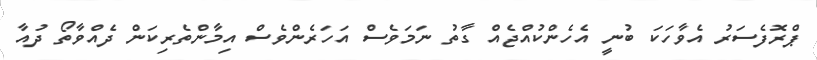
ޕްރޮފެސަރު އެވާހަކަ ބުނީ އެހެންކުއްޖެއް ގާތު ނަމަވެސް އަހަރެންވެސް އިމާންތެރިކަން ދެއްވާތޯ ދުއާ